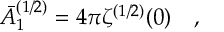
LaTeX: \bar { A } _ { 1 } ^ { ( 1 / 2 ) } = 4 \pi \zeta ^ { ( 1 / 2 ) } ( 0 ) ~ ~ ~ ,